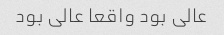
عالی بود واقعا عالی بود